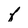
Character: f